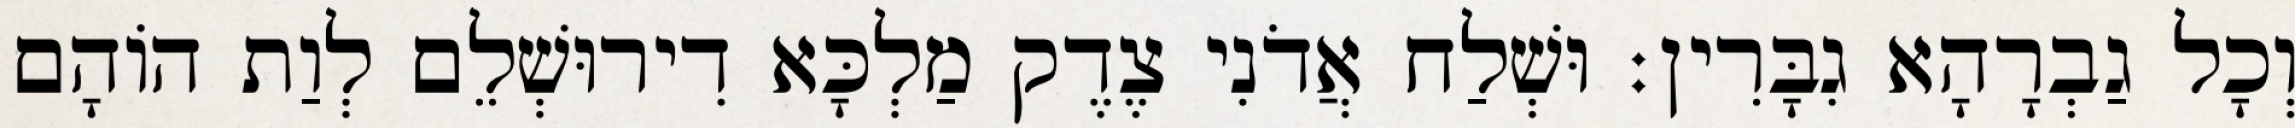
וְכָל גַבְרָהָא גִבָּרִין׃ וּשְׁלַח אֲדֹנִי צֶדֶק מַלְכָּא דִירוּשְׁלֵם לְוַת הוֹהָם